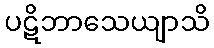
ပဋိဘာသေယျာသိ